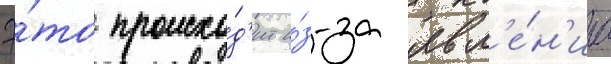
Э́то происхо́д'ит и́з-за явл'е́н'иа